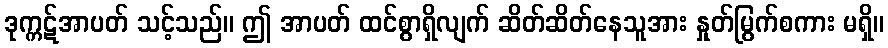
ဒုက္ကဋ်အာပတ် သင့်သည်။ ဤ အာပတ် ထင်စွာရှိလျက် ဆိတ်ဆိတ်နေသူအား နှုတ်မြွက်စကား မရှိ။